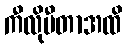
ကီလိုမီတာအထိ